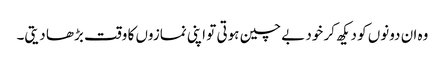
وہ ان دونوں کو دیکھ کر خود بے چین ہوتی تو اپنی نمازوں کا وقت بڑھا دیتی۔